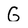
Character: G